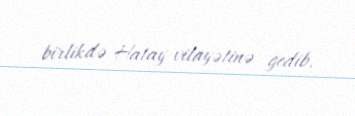
birlikdə Hatay vilayətinə gedib.